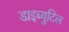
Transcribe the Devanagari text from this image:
डाइब्युटिल